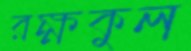
রক্ষকুল